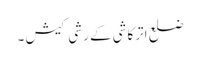
ضلع اترکاشی کے رشی کیش ۔